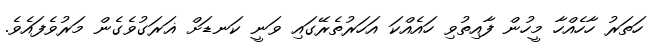
ހަތަރު ހާހެއްހާ މީހުން ފާއިތުވި ހައެއްކަ އަހަރުތެރޭގައި ވަނީ ކަނޑަށް ޣަރަގުވެގެން މަރުވެފައެވެ.